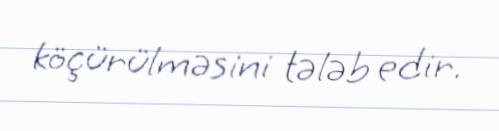
köçürülməsini tələb edir.